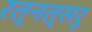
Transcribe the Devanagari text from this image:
रत्नत्सरू